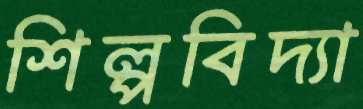
শিল্পবিদ্যা